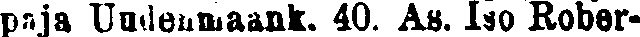
paa Uudenmaank. 40. As. Iso Rober-